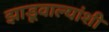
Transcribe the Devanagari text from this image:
झाडूवाल्यांशी